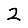
Digit: 2